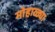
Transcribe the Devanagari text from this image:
मोहाळ्या